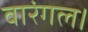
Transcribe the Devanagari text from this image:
वारंगल।